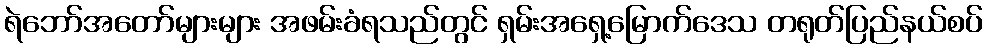
ရဲဘော်အတော်များများ အဖမ်းခံရသည်တွင် ရှမ်းအရှေ့မြောက်ဒေသ တရုတ်ပြည်နယ်စပ်